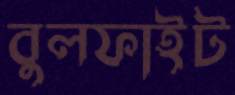
বুলফাইট